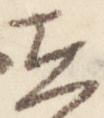
在